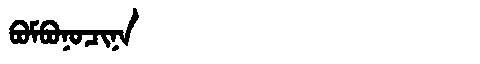
Manchu: ᠪᠣᠮᠪᠣᠨᠣᠴᡳᠨᠠ
Romanization: BOMBONOCINA